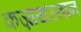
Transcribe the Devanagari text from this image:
कज़ाखस्तान